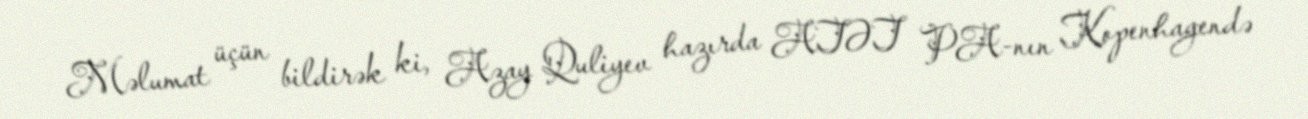
Məlumat üçün bildirək ki, Azay Quliyev hazırda ATƏT PA-nın Kopenhagendə